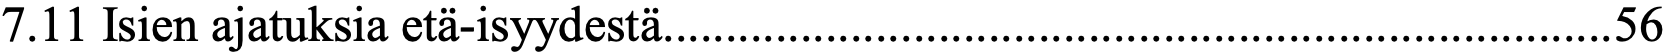
7.11 Isien ajatuksia etä-isyydestä............................................................................ 56